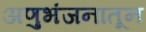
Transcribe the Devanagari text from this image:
अणुभंजनातून